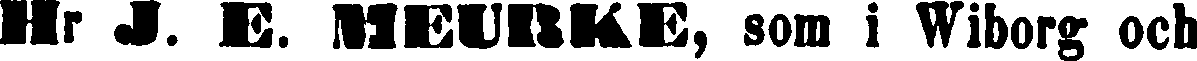
Hr J. E. MEURKE, som i Wiborg och